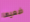
ضعيها